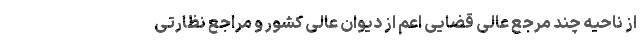
از ناحیه چند مرجع عالی قضایی اعم از دیوان عالی کشور و مراجع نظارتی